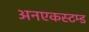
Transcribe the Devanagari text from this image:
अनएकस्टम्ड